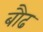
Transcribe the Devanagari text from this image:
बौढ